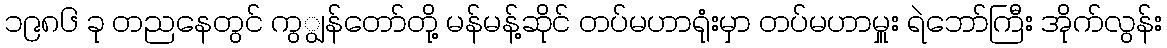
၁၉၈၆ ခု တညနေတွင် ကွျွန်တော်တို့ မန်မန့်ဆိုင် တပ်မဟာရုံးမှာ တပ်မဟာမှူး ရဲဘော်ကြီး အိုက်လွန်း